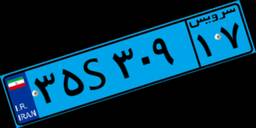
۸۵S۰۲۶۵۴